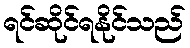
ရင်ဆိုင်ရနိုင်သည်